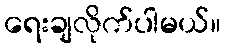
ရေးချလိုက်ပါမယ်။